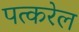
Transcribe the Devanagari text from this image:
पत्करेल